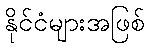
နိုင်ငံများအဖြစ်